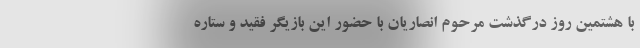
با هشتمین روز درگذشت مرحوم انصاریان با حضور این بازیگر فقید و ستاره